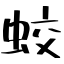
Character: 蛟